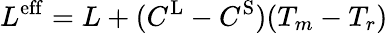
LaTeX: L^{\mathrm{eff}}=L+(C^{\mathrm{L}}-C^{\mathrm{S}})(T_{m}-T_{r})